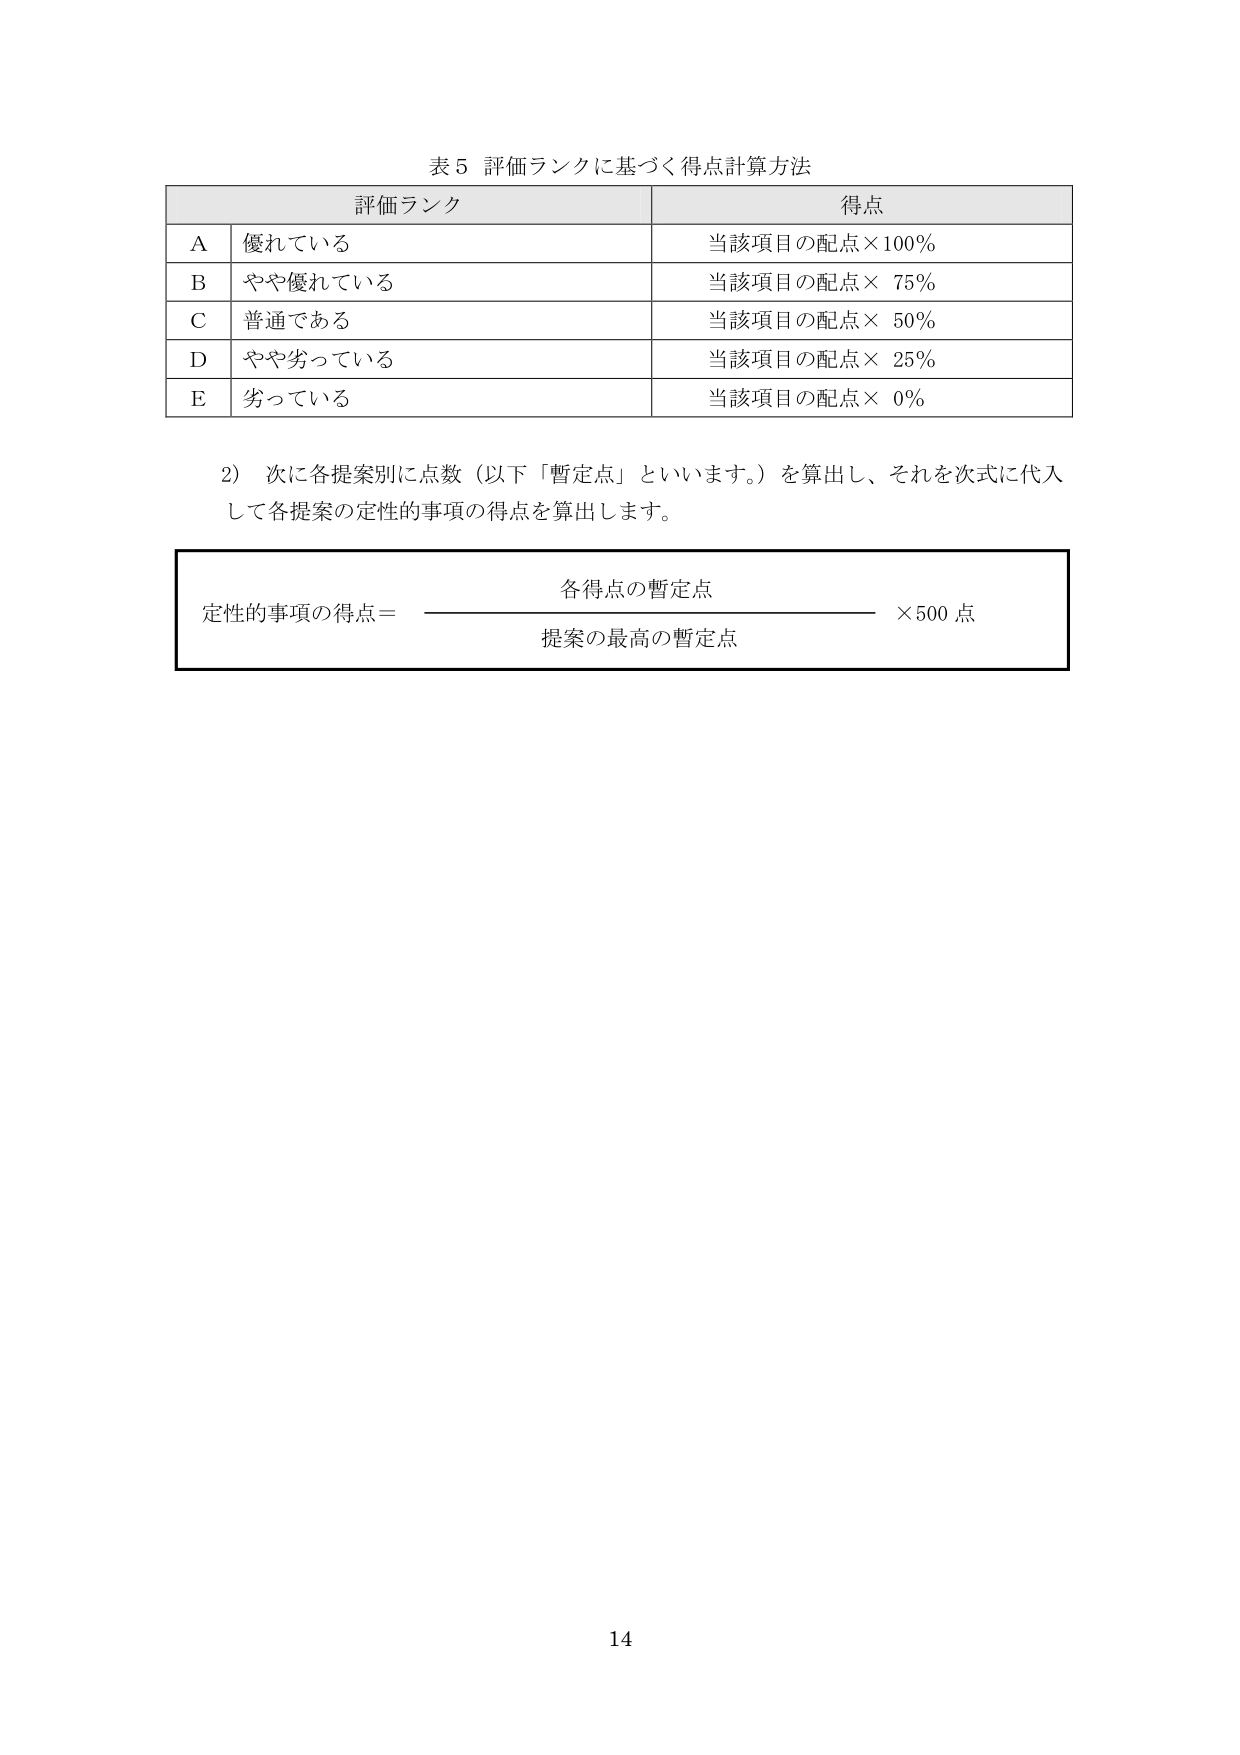
表5 評価ランクに基づく得点計算方法

評価ランク 得点
A 優れている 当該項目の配点×100%
B やや優れている 当該項目の配点×75%
C 普通である 当該項目の配点×50%
D やや劣っている 当該項目の配点×25%
E 劣っている 当該項目の配点×0%

2）次に各提案別に点数（以下「暫定点」といいます。）を算出し、それを次式に代入して各提案の定性的事項の得点を算出します。

定性的事項の得点＝ 各得点の暫定点 ×500点
提案の最高の暫定点

14